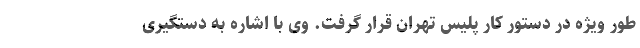
طور ویژه در دستور کار پلیس تهران قرار گرفت. وی با اشاره به دستگیری